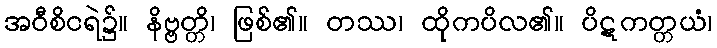
အဝီစိငရဲ၌။ နိဗ္ဗတ္တိ၊ ဖြစ်၏။ တဿ၊ ထိုကပိလ၏။ ပိဋကတ္တယံ၊